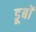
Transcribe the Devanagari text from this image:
डूबों